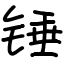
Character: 锤